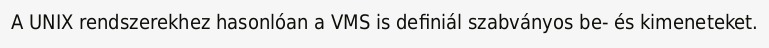
A UNIX rendszerekhez hasonlóan a VMS is definiál szabványos be- és kimeneteket.